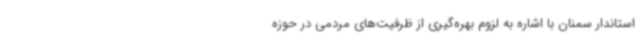
استاندار سمنان با اشاره به لزوم بهره‌گیری از ظرفیت‌های مردمی در حوزه